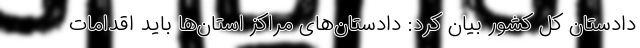
دادستان کل کشور بیان کرد: دادستان‌های مراکز استان‌ها باید اقدامات